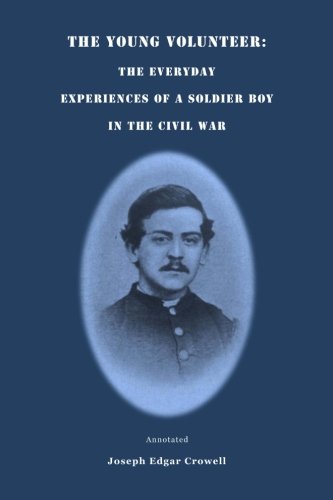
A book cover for The Young Volunteer: The Everyday Experiences of a Soldier in the Civil War,: Annotated.; Joseph Edgar Crowell; History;